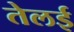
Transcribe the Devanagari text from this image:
तेलई